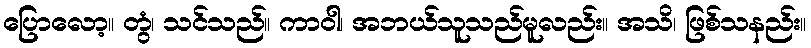
ပြောလော့။ တွံ၊ သင်သည်။ ကာဝါ၊ အဘယ်သူသည်မူလည်း။ အသိ၊ ဖြစ်သနည်း။